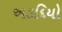
અડદિયો